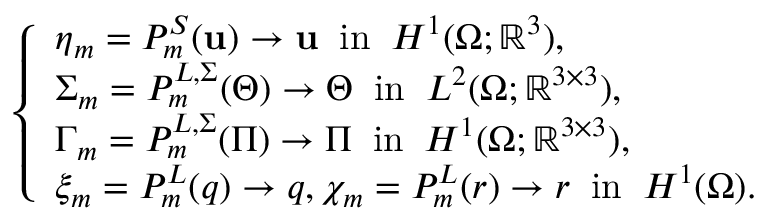
\begin{array} { r } { \left\{ \begin{array} { l l } { \boldsymbol { \eta } _ { m } = P _ { m } ^ { S } ( \mathbf { u } ) \rightarrow \mathbf { u } \; \; \mathrm { i n } \; \; H ^ { 1 } ( \Omega ; \mathbb { R } ^ { 3 } ) , } \\ { \boldsymbol { \Sigma } _ { m } = P _ { m } ^ { L , \Sigma } ( \boldsymbol { \Theta } ) \rightarrow \boldsymbol { \Theta } \; \; \mathrm { i n } \; \; L ^ { 2 } ( \Omega ; \mathbb { R } ^ { 3 \times 3 } ) , } \\ { \boldsymbol { \Gamma } _ { m } = P _ { m } ^ { L , \Sigma } ( \boldsymbol { \Pi } ) \rightarrow \boldsymbol { \Pi } \; \; \mathrm { i n } \; \; H ^ { 1 } ( \Omega ; \mathbb { R } ^ { 3 \times 3 } ) , } \\ { \xi _ { m } = P _ { m } ^ { L } ( q ) \rightarrow q , \chi _ { m } = P _ { m } ^ { L } ( r ) \rightarrow r \; \; \mathrm { i n } \; \; H ^ { 1 } ( \Omega ) . } \end{array} \right. } \end{array}